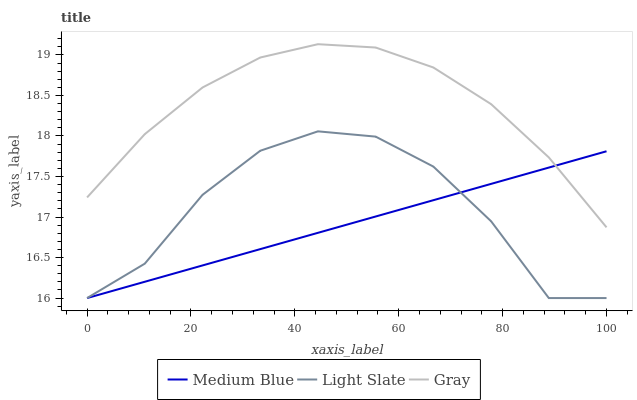
| xaxis_label | Medium Blue | Light Slate | Gray |
 | --- | --- | --- | --- |
 | 0 | 16 | 16 | 17.2 |
 | 11.1 | 16.2 | 16.4 | 18 |
 | 22.2 | 16.4 | 17.3 | 18.6 |
 | 33.3 | 16.6 | 17.8 | 19 |
 | 44.4 | 16.8 | 18.1 | 19.1 |
 | 55.6 | 17 | 18 | 19.1 |
 | 66.7 | 17.2 | 17.6 | 18.8 |
 | 77.8 | 17.4 | 16.9 | 18.4 |
 | 88.9 | 17.6 | 16 | 17.7 |
 | 100 | 17.8 | 16 | 16.9 |